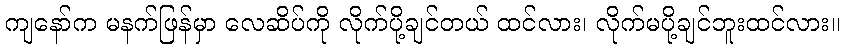
ကျနော်က မနက်ဖြန်မှာ လေဆိပ်ကို လိုက်ပို့ချင်တယ် ထင်လား၊ လိုက်မပို့ချင်ဘူးထင်လား။